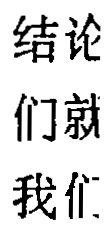
结论
们就
我们